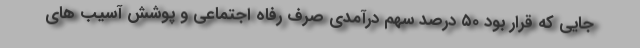
جایی که قرار بود ۵۰ درصد سهم درآمدی صرف رفاه اجتماعی و پوشش آسیب های